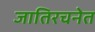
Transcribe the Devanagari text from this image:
जातिरचनेत